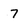
Character: 7